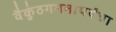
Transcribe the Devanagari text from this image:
वैकुंठगमनापर्यंचा